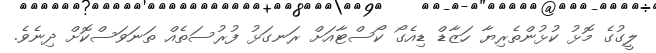
ލީގުގެ މޮޅު ކުޅުންތެރިޔާ ހަޒާޑް ޑިއެގޯ ކޯސްޓާއަށް ރަނގަޅު ފުރުސަތެއް ތަނަވަސްކޮށް ދިނެވެ.